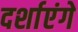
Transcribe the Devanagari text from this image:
दर्शाएंगे